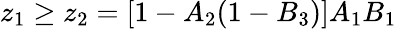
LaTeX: z_{1}\geq z_{2}=\left[1-A_{2}(1-B_{3})\right]A_{1}B_{1}